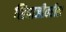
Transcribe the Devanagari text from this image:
शिवाजीवरील